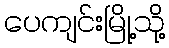
ပေကျင်းမြို့သို့